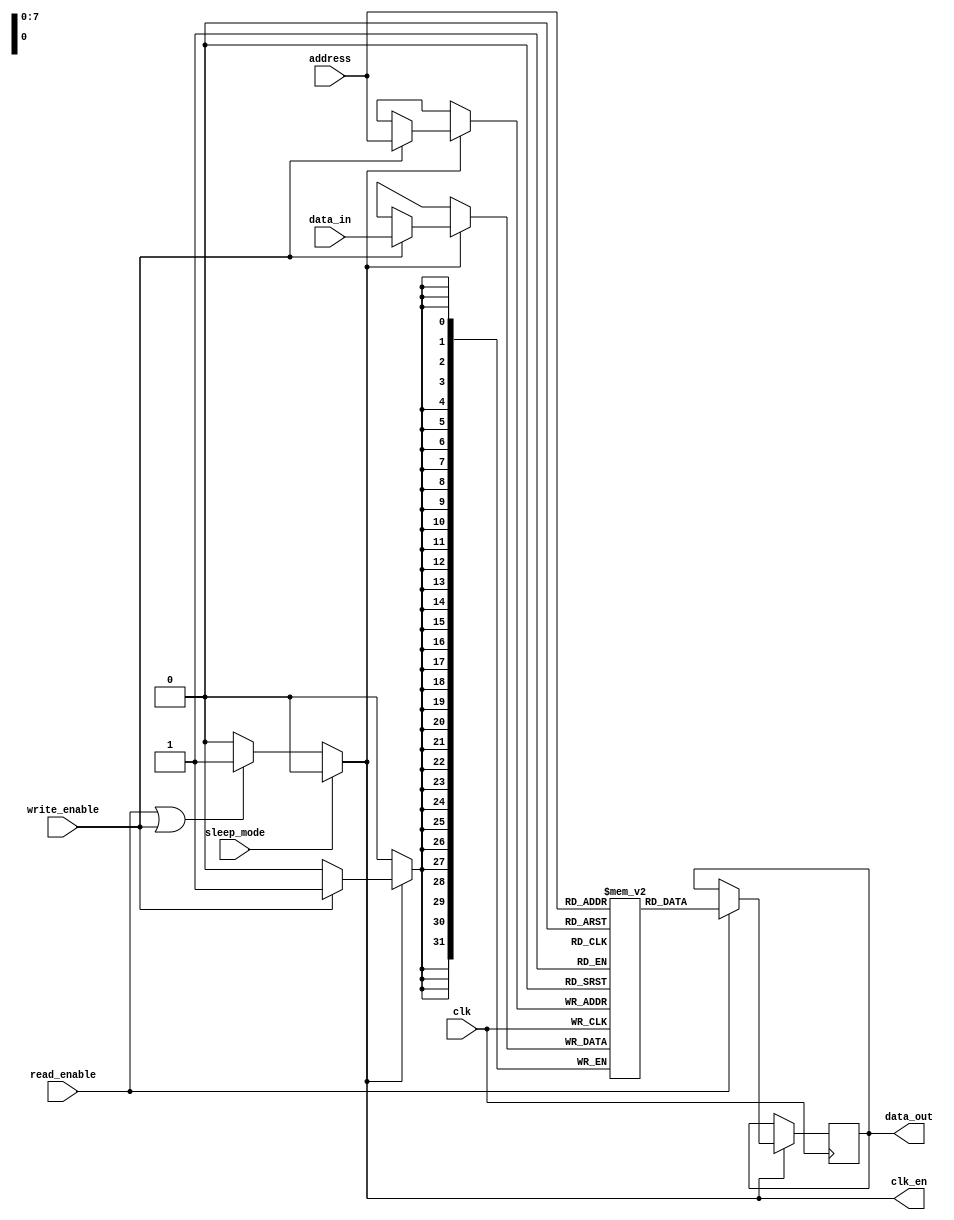
module MemoryBlock (
    input wire clk,              // Main clock input
    input wire read_enable,      // Read enable signal
    input wire write_enable,     // Write enable signal
    input wire sleep_mode,       // Sleep mode signal
    input wire [7:0] address,    // 8-bit address for memory access
    input wire [31:0] data_in,   // Data input for write operations
    output reg [31:0] data_out,   // Data output for read operations
    output reg clk_en            // Clock enable output
);

    // Parameters
    parameter MEM_SIZE = 256;     // Size of the memory (256 x 32 bits)
    reg [31:0] memory [0:MEM_SIZE-1];  // Memory array

    // Clock gating logic
    always @(*) begin
        if (sleep_mode) begin
            clk_en = 0; // Disable clock if in sleep mode
        end else if (read_enable || write_enable) begin
            clk_en = 1; // Enable clock during read or write
        end else begin
            clk_en = 0; // Disable clock if idle
        end
    end

    // Memory operations
    always @(posedge clk) begin
        if (clk_en) begin  // Only operate if clock is enabled
            if (write_enable) begin
                memory[address] <= data_in; // Write operation
            end
            if (read_enable) begin
                data_out <= memory[address]; // Read operation
            end
        end
    end

    // Testability logic (optional)
    // You can add additional test logic here to verify the functionality

endmodule